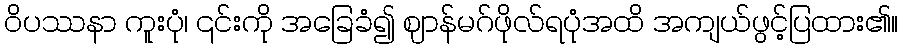
ဝိပဿနာ ကူးပုံ၊ ၎င်းကို အခြေခံ၍ ဈာန်မဂ်ဖိုလ်ရပုံအထိ အကျယ်ဖွင့်ပြထား၏။